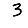
Digit: 3